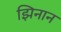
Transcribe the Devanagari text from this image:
झिनान